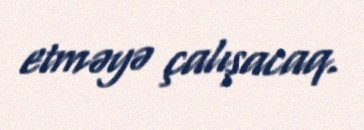
etməyə çalışacaq.